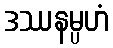
ဒဿနမ္ပဟံ